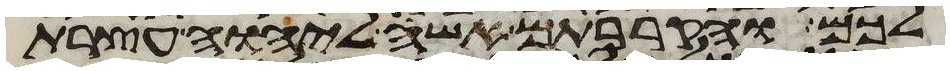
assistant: לכם והקרבתם אשה ליהוה עצרת